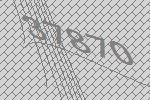
37870